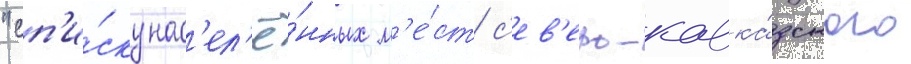
"сп'и́ску нас'ел'ё́нных м'е́ст с'ев'еро-кавка́зского